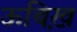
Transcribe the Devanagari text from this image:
ऊबिख़